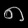
Digit: ၈